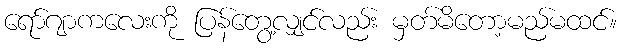
ရော်ဂျာကလေးကို ပြန်တွေ့လျှင်လည်း မှတ်မိတော့မည်မထင်။